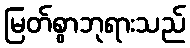
မြတ်စွာဘုရားသည်